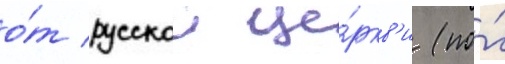
о́т русскои це́ркв'и (по́